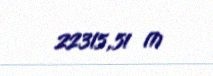
22315,51 ₼